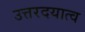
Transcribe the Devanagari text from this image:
उत्तरदयात्व